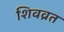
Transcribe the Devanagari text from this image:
शिवव्रत